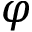
\varphi